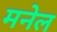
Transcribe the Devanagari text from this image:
मनेल